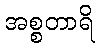
အစ္စတာရိ